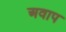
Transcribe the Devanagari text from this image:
अवाप